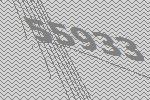
55933